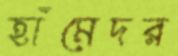
হাঁমেদর